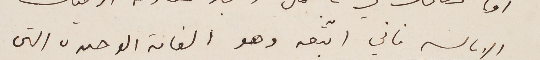
الابالسه فاني اتبعه وهو الغاية الوحيدة التي